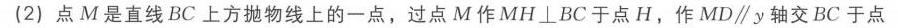
(2) 点\(M\)是直线\(BC\)上方抛物线上的一点，过点\(M\)作\(MH\perp BC\)于点\(H\)，作\(MD\parallel y\)轴交\(BC\)于点